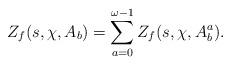
LaTeX: \begin{align*}Z_f(s, \chi, A_b)=\sum_{a=0}^{\omega-1}{Z_f(s, \chi, A_b^a)}.\end{align*}